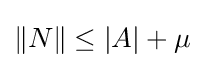
\|N\|\leq |A|+\mu